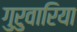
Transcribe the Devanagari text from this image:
गुरुवारिया